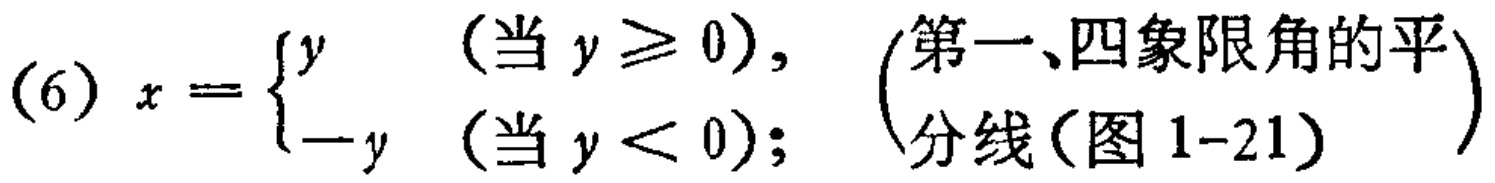
(6) \(x = \begin{cases}y & (\text{当 } y \geq 0), \\ -y & (\text{当 } y < 0);\end{cases}\) （第一、四象限角的平分线(图1-21)）